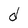
Character: d